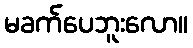
မခက်ပေဘူးလော။